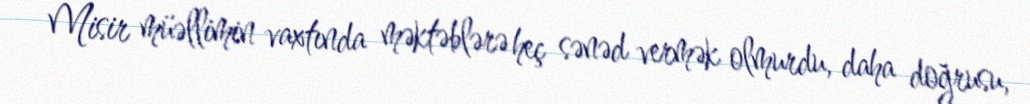
Misir müəllimin vaxtında məktəblərə heç sənəd vermək olmurdu, daha doğrusu,